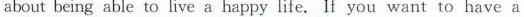
about being able to live a happy life. If you want to have a